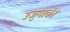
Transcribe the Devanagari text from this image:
उजुमाकी